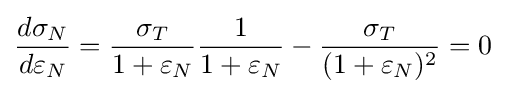
{\frac {d\sigma _{N}}{d\varepsilon _{N}}}={\frac {\sigma _{T}}{1+\varepsilon _{N}}}{\frac {1}{1+\varepsilon _{N}}}-{\frac {\sigma _{T}}{(1+\varepsilon _{N})^{2}}}=0